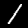
Digit: 1